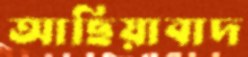
আছিয়াবাদ